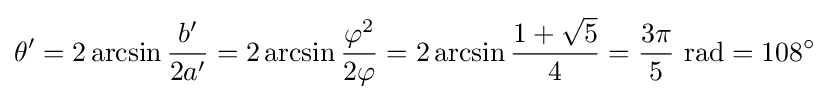
\theta '=2\arcsin {b' \over {2a'}}=2\arcsin {{\varphi ^{2}} \over {2\varphi }}=2\arcsin {{1+{\sqrt {5}}} \over 4}={3\pi  \over 5}~{\text{rad}}=108^{\circ }